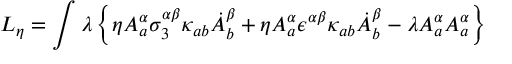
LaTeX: L _ { \eta } = \int \lambda \left\{ \eta A _ { a } ^ { \alpha } \sigma _ { 3 } ^ { \alpha \beta } \kappa _ { a b } \dot { A } _ { b } ^ { \beta } + \eta A _ { a } ^ { \alpha } \epsilon ^ { \alpha \beta } \kappa _ { a b } \dot { A } _ { b } ^ { \beta } - \lambda A _ { a } ^ { \alpha } A _ { a } ^ { \alpha } \right\}